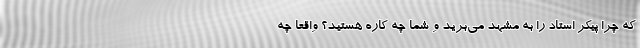
که چرا پیکر استاد را به مشهد می‌برید و شما چه کاره هستید؟ واقعا چه